Report on horse surra - Volume II, Part II
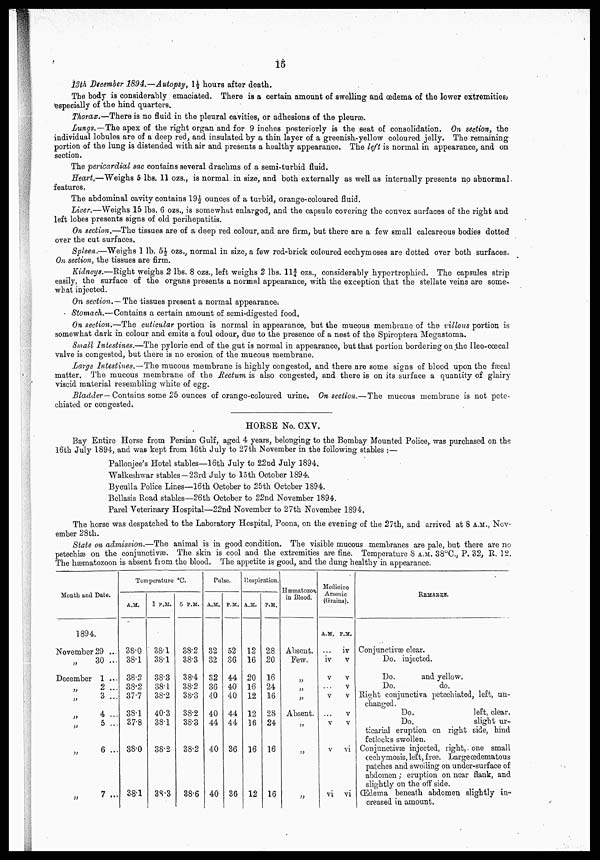
15
13th December 1894.—Autopsy, 1½ hours after death.
The body is considerably emaciated. There is a certain amount of swelling and œdema of the lower extremities?
especially of the hind quarters.
Thorax.—There is no fluid in the pleural cavities, or adhesions of the pleura.
Lungs.—The apex of the right organ and for 9 inches posteriorly is the seat of consolidation. On section, the
individual lobules are of a deep red, and insulated by a thin layer of a greenish-yellow coloured jelly. The remaining
portion of the lung is distended with air and presents a healthy appearance. The left is normal in appearance, and on
section.
The pericardial sac contains several drachms of a semi-turbid fluid.
Heart.—Weighs 5 lbs. 11 ozs., is normal in size, and both externally as well as internally presents no abnormal,
features.
The abdominal cavity contains 19½ounces of a turbid, orange-coloured fluid.
liver.—Weighs 15 lbs. 6 ozs., is somewhat enlarged, and the capsule covering the convex surfaces of the right and
left lobes presents signs of old perihepatitis.
On section,—The tissues are of a deep red colour, and are firm, but there are a few small calcareous bodies dotted
over the cut surfaces.
Spleen,.—Weighs 1 lb. 5½ ozs., normal in size, a few red-brick coloured ecchymoses are dotted over both surfaces
OH, section, the tissues are firm.
Kidneys.—Right weighs 2 lbs. 8 ozs., left weighs 2 lbs. ll¾ozs., considerably hypertrophied. The capsules strip
easily, the surface of the organs presents a normal appearance, with the exception that the stellate veins are some-
what injected.
On section. — The tissues present a normal appearance;
Stomach.—Contains a certain amount of semi-digested food.
On section.—The cuticular portion is normal in appearance, but the mucous membrane of the villous portion is
somewhat dark in colour and emits a foul odour, due to the presence of a nest of the Spiroptera Megastoma.
Small Intestines.—The pyloric end of the gut is normal in appearance, but that portion bordering on the Ileo-cœcal
valve is congested, but there is no erosion of the mucous membrane.
Large Intestines.—The mucous membrane is highly congested, and there are some signs of blood upon the fæcal
matter. The mucous membrane of the Rectum is also congested, and there is on its surface a quantity of glairy
viscid material resembling white of egg.
Bladder— Contains some 25 ounces of orange-coloured urines On section.— The mucous membrane is not pete-
chiated or congested.
HORSE No. CXV.
Bay Entire Horse from Persian Gulf, aged 4 years, belonging to the Bombay Mounted Police, was purchased on the
16th July 1894, and was kept from 16th July to 27th November in the following stables :—
Pallonjee's Hotel stables—16th July to 22nd July 1894.
Walkeshwar stables-23rd July to loth October 1894.
Byculla Police Lines—16th October to 25th October 1894.
Bellasis Road stables—26th October to 22nd November 1894.
Parel Veterinary Hospital—22nd November to 27th November 1894.
The horse was despatched to the Laboratory Hospital, Poona, on the evening of the 27th, and arrived at 8A.M., Nov-
ember 28th.
State on admission.—The animal is in good condition. The visible mucous membranes are pale, but there are no
petechia on the conjunctivae. The skin is cool and the extremities are fine. Temperature 8 A.M. 38°C, P. 32, R. 12.
The hæmatozoon is absent from the blood. The appetite is good, and the dung healthy in appearance.
Month and Date.
1894.
November29 ...
„
December
„
„
„
30 ...
1 ...
2 ...
3 ...
4 ...
5 ...
6 ...
7 ...
Temperature°C.
A.M.
38.0
38.1
38.2
38.2
37.7
38.1
37.8
38.0
38.1
1 P.M.
38.1
38.1
38.3
38.1
38.2
40.3
38.1
38.2
38.3
5 P.M.
38.2
38.3
38.4
38.2
38.3
38.2
38.3
38.2
38.6
Pulse.
A.M.
32
32
82
36
40
40
44
40
40
P.M.
52
36
44
40
40
44
44
36
36
Respiration.
A.M.
12
16
20
16
12
12
16
16
12
P.M.
28
20
16
24
16
28
24
16
16
Hæmatozoa
in Blood.
Absent.
Few.
„
„
„
Absent.
„
„
Medicine
Arsenic
(Grains).
A.M.
...
iv
v
v
...
v
v
vi
P.M.
iv
v
v
v
v
v
v
vi
vi
REMARKS.
Conjunctivæ clear.
Do. injected.
Do.
and yellow.
Do.
do.
Right conjunctiva petechiated, left, un-
changed.
Do.
left, clear.
Do.
slight ur-
ticarial eruption on right side, hind
fetlocks swollen.
Conjunctivæinjected, right, - one small
ecch ymosis, left, free. Large œdematous
patches and swelling on under-surface of
abdomen ; eruption on near flank, and
slightly on the off side.
Œdema beneath abdomen slightly in
creased in amount.